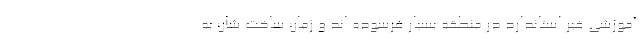
آموزشی غیر استاندارد در منطقه بسیار فرسوده اند و زمان ساخت شان به